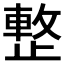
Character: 𣦔